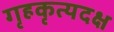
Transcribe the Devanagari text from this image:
गृहकृत्यदक्ष